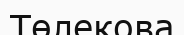
Төлекова